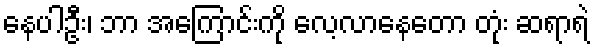
နေပါဦး၊ ဘာ အကြောင်းကို လေ့လာနေတော တုံး ဆရာရဲ